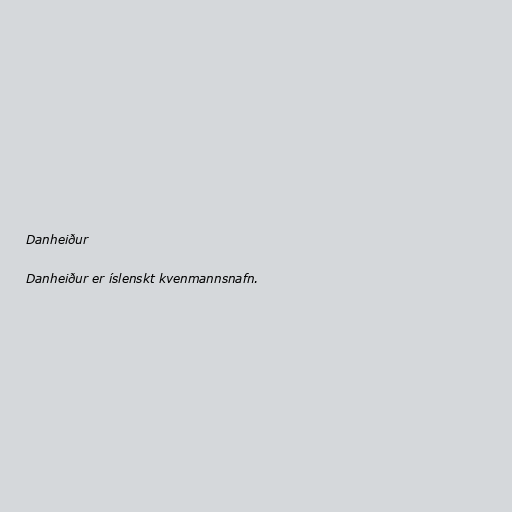
Danheiður

Danheiður er íslenskt kvenmannsnafn.